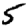
Digit: 5